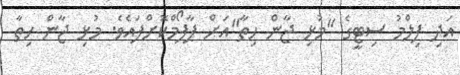
އަދި ފިލްމު ސިޓީގެ "މުޅި ޖާން ހިތާ"އަށް ޕާފޯމްކޮށްފައެވެ. މުޅި ޖާން ހިތާ